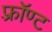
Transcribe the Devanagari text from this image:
फ़्रॉण्ट